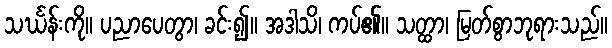
သင်္ဃန်းကို။ ပညာပေတွာ၊ ခင်း၍။ အဒါသိ၊ ကပ်၏။ သတ္ထာ၊ မြတ်စွာဘုရားသည်။